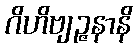
ဂိဟိဗျဉ္ဇနာနိ